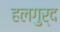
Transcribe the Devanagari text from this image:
हलगुर्द